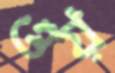
ওয়